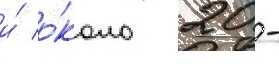
и́ о́коло 20 -